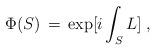
\begin{align*}\Phi (S) \,=\, \exp [ i \int_S L ] \;,\end{align*}